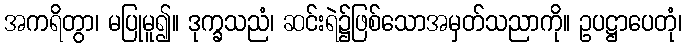
အကရိတွာ၊ မပြုမူ၍။ ဒုက္ခသညံ၊ ဆင်းရဲ၌ဖြစ်သောအမှတ်သညာကို။ ဥပဋ္ဌာပေတုံ၊